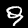
Digit: 9